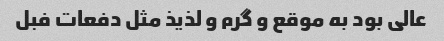
عالی بود به موقع و گرم و لذیذ مثل دفعات فبل